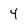
Character: 4